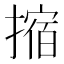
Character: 摍